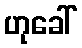
ဟုခေါ်